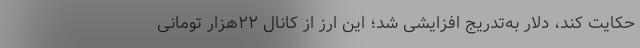
حکایت کند، دلار به‌تدریج افزایشی شد؛‌ این ارز از کانال ۲۲هزار تومانی